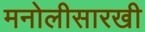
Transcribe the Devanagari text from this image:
मनोलीसारखी